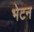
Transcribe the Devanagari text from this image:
भेटन